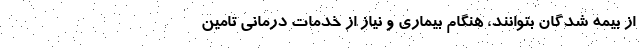
از بیمه شدگان بتوانند، هنگام بیماری و نیاز از خدمات درمانی تامین